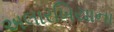
અલારખિયાના